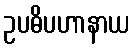
ဥပဓိပဟာနာယ